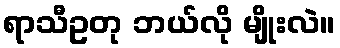
ရာသီဥတု ဘယ်လို မျိုးလဲ။